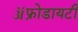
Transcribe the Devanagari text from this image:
ॲफ्रोडायटी